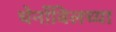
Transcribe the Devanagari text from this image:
चेर्नोबिलच्या